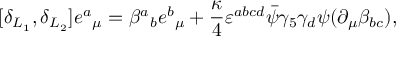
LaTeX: [ \delta _ { L _ { 1 } } , \delta _ { L _ { 2 } } ] e { ^ a } _ { \mu } = \beta { ^ a } _ { b } e { ^ b } _ { \mu } + { \frac { \kappa } { 4 } } \varepsilon ^ { a b c d } \bar { \psi } \gamma _ { 5 } \gamma _ { d } \psi ( \partial _ { \mu } \beta _ { b c } ) ,